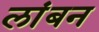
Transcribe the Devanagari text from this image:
लांबन